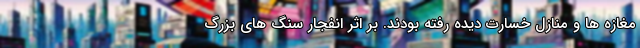
مغازه ها و منازل خسارت دیده رفته بودند. بر اثر انفجار سنگ های بزرگ